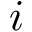
i